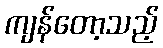
ကျန်တော့သည့်